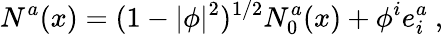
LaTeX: N^{a}(x)=(1-|\phi|^{2})^{1/2}N_{0}^{a}(x)+\phi^{i}e_{i}^{a}\ ,